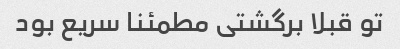
تو قبلا برگشتی مطمئنا سریع بود